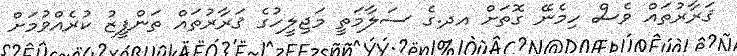
ޤަރާރުތައް ވެސް ހިމެނޭ ގޮތަށް އދ.ގެ ސަލާމަތީ މަޖިލީހުގެ ޤަރާރުތައް ތަންފީޒު ކުރެއްވުމަށް